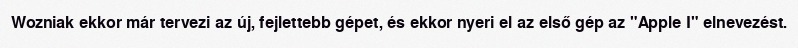
Wozniak ekkor már tervezi az új, fejlettebb gépet, és ekkor nyeri el az első gép az "Apple I" elnevezést.